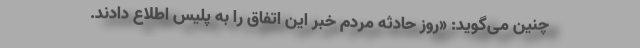
چنین می‌گوید: «روز حادثه مردم خبر این اتفاق را به پلیس اطلاع دادند.